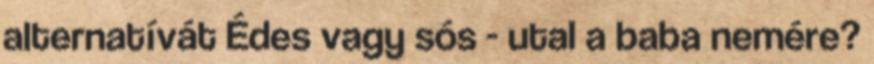
alternatívát Édes vagy sós - utal a baba nemére?